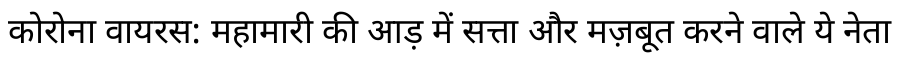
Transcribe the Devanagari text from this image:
कोरोना वायरस: महामारी की आड़ में सत्ता और मज़बूत करने वाले ये नेता